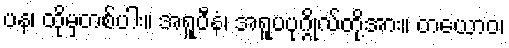
ပန၊ ထိုမှတစ်ပါး။ အရူပီနံ၊ အရူပပုဂ္ဂိုလ်တို့အား။ တယောဝ၊